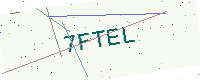
Text: 7FTEL